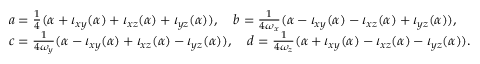
\begin{array} { r l } & { a = \frac { 1 } { 4 } ( \alpha + \iota _ { x y } ( \alpha ) + \iota _ { x z } ( \alpha ) + \iota _ { y z } ( \alpha ) ) , \quad b = \frac { 1 } { 4 \omega _ { x } } ( \alpha - \iota _ { x y } ( \alpha ) - \iota _ { x z } ( \alpha ) + \iota _ { y z } ( \alpha ) ) , } \\ & { c = \frac { 1 } { 4 \omega _ { y } } ( \alpha - \iota _ { x y } ( \alpha ) + \iota _ { x z } ( \alpha ) - \iota _ { y z } ( \alpha ) ) , \quad d = \frac { 1 } { 4 \omega _ { z } } ( \alpha + \iota _ { x y } ( \alpha ) - \iota _ { x z } ( \alpha ) - \iota _ { y z } ( \alpha ) ) . } \end{array}